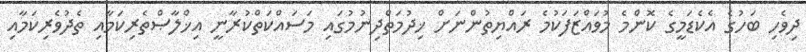
ދިވެހި ބަހުގެ އެކެޑަމީގެ ކޮންމެ މުވައްޒަފަކުމެ ރައްޔިތުންނަށް ޚިދުމަތްދިނުމުގައި މަސައްކަތްކުރާނީ އިޚްލާޞްތެރިކަމާއި ތެދުވެރިކަމާއި